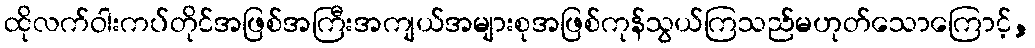
ထိုလက်ဝါးကပ်တိုင်အဖြစ်အကြီးအကျယ်အများစုအဖြစ်ကုန်သွယ်ကြသည်မဟုတ်သောကြောင့်,